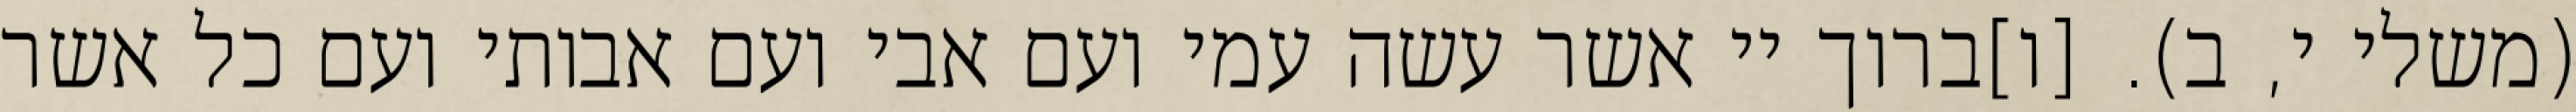
(משלי י, ב). [ו]ברוך יי אשר עשה עמי ועם אבי ועם אבותי ועם כל אשר